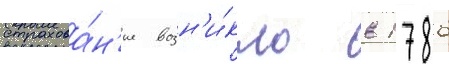
страхова́н'ие возн'и́кло в 1786